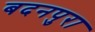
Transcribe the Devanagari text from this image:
बदनपुरा